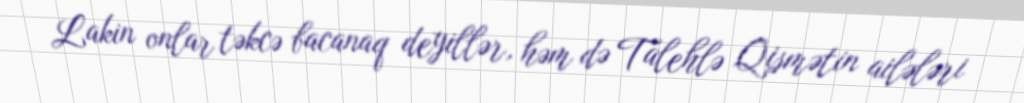
Lakin onlar təkcə bacanaq deyillər, həm də Talehlə Qismətin ailələri